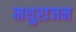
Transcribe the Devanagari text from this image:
मथुराजन